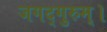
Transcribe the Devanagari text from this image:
जगद्गुरुम्।